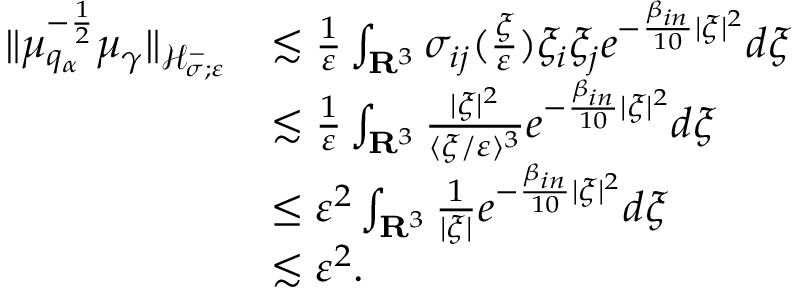
\begin{array} { r l } { \| \mu _ { q _ { \alpha } } ^ { - \frac { 1 } { 2 } } \mu _ { \gamma } \| _ { \mathcal H _ { \sigma ; \varepsilon } ^ { - } } } & { \lesssim \frac { 1 } { \varepsilon } \int _ { \mathbf R ^ { 3 } } \sigma _ { i j } ( \frac { \xi } { \varepsilon } ) \xi _ { i } \xi _ { j } e ^ { - \frac { \beta _ { i n } } { 1 0 } | \xi | ^ { 2 } } d \xi } \\ & { \lesssim \frac { 1 } { \varepsilon } \int _ { \mathbf R ^ { 3 } } \frac { | \xi | ^ { 2 } } { \langle \xi / \varepsilon \rangle ^ { 3 } } e ^ { - \frac { \beta _ { i n } } { 1 0 } | \xi | ^ { 2 } } d \xi } \\ & { \leq \varepsilon ^ { 2 } \int _ { \mathbf R ^ { 3 } } \frac { 1 } { | \xi | } e ^ { - \frac { \beta _ { i n } } { 1 0 } | \xi | ^ { 2 } } d \xi } \\ & { \lesssim \varepsilon ^ { 2 } . } \end{array}